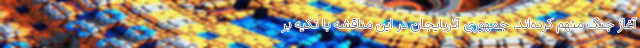
آغاز جنگ متهم کرده‌اند. جمهوری آذربایجان در این مناقشه با تکیه بر